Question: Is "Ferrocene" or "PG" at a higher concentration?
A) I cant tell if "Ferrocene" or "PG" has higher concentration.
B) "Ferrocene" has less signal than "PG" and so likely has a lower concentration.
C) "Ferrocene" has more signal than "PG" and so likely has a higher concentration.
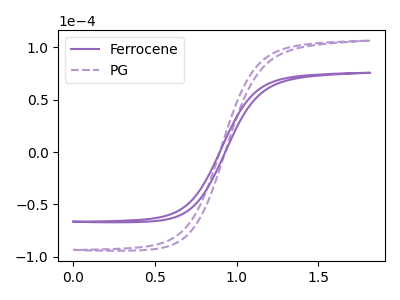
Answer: <think>The purple curve "Ferrocene" has no peaks. The purple dashed curve "PG" has no peaks.
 Neither "Ferrocene" or "PG" have any peaks.</think>
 <answer>A) I cant tell if "Ferrocene" or "PG" has higher concentration.</answer>
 <eval>A</eval>